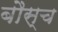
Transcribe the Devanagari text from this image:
बौस्च